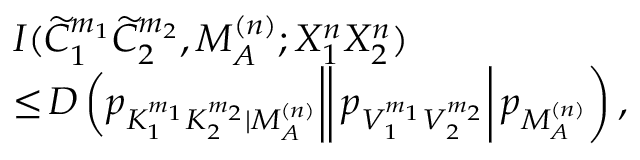
\begin{array} { r l } & { I ( \widetilde { C } _ { 1 } ^ { m _ { 1 } } \widetilde { C } _ { 2 } ^ { m _ { 2 } } , M _ { \cal A } ^ { ( n ) } ; X _ { 1 } ^ { n } X _ { 2 } ^ { n } ) } \\ & { \leq \left. \left. \left. \! \! \! D \left( p _ { K _ { 1 } ^ { m _ { 1 } } K _ { 2 } ^ { m _ { 2 } } | M _ { \cal A } ^ { ( n ) } } \right| \right| p _ { V _ { 1 } ^ { m _ { 1 } } V _ { 2 } ^ { m _ { 2 } } } \right| p _ { M _ { \cal A } ^ { ( n ) } } \right) , } \end{array}